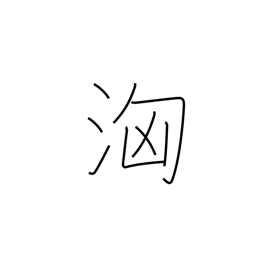
Meaning: surge